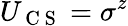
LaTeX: U_{\mathrm{~C~S~}}=\sigma^{z}